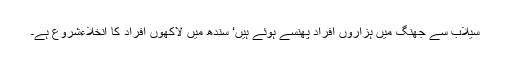
سیلاب سے جھنگ میں ہزاروں افراد پھنسے ہوئے ہیں‘ سندھ میں لاکھوں افراد کا انخلاءشروع ہے۔